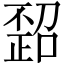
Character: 𪴻